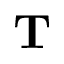
{ \bf T }